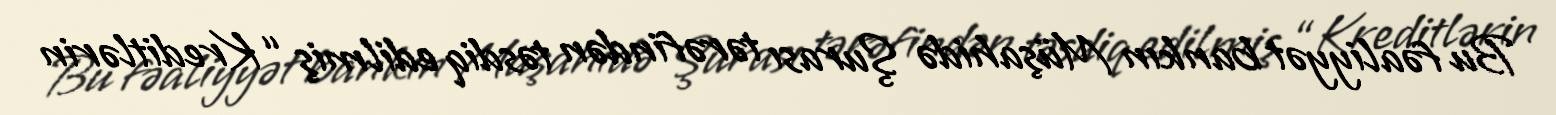
Bu fəaliyyət bankın Müşahidə Şurası tərəfindən təsdiq edilmiş “Kreditlərin